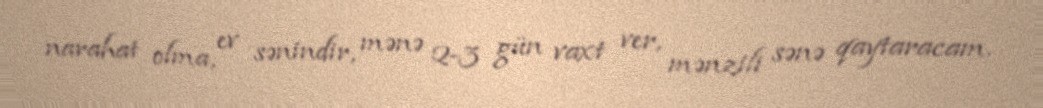
narahat olma, ev sənindir, mənə 2-3 gün vaxt ver, mənzili sənə qaytaracam.